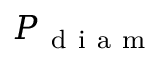
P _ { \mathrm { ~ d ~ i ~ a ~ m ~ } }